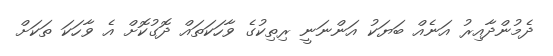
ދެމުންދާއިރު އަނެއް ބަޔަކު އަންނަނީ ރިތިކުގެ ވާހަކަތައް ދޮގުކޮށް އެ ވާހަކަ ތަކަށް